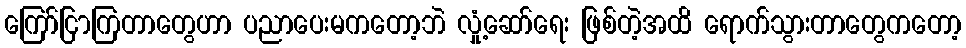
ကြော်ငြာကြတာတွေဟာ ပညာပေးမကတော့ဘဲ လှုံ့ဆော်ရေး ဖြစ်တဲ့အထိ ရောက်သွားတာတွေကတော့